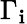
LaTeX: \Gamma_{\mathbf{i}}